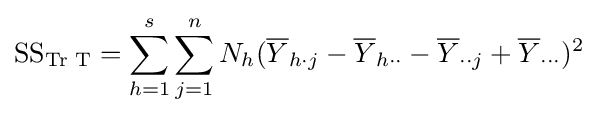
{\text{SS}}_{\text{Tr T}}=\sum _{h=1}^{s}\sum _{j=1}^{n}N_{h}({\overline {Y}}_{h\cdot j}-{\overline {Y}}_{h\cdot \cdot }-{\overline {Y}}_{\cdot \cdot j}+{\overline {Y}}_{\cdot \cdot \cdot })^{2}